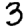
Digit: 3